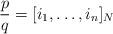
LaTeX: \begin{align*} \frac{p}{q} = [i_1, \ldots, i_n]_N\end{align*}